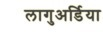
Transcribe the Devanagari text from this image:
लागुअर्डिया